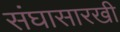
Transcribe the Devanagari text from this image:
संघासारखी